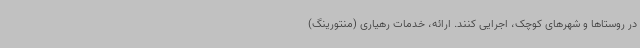
در روستاها و شهرهای کوچک، اجرایی کنند. ارائه، خدمات رهیاری (منتورینگ)